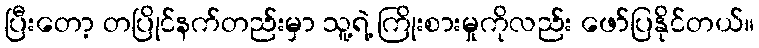
ပြီးတော့ တပြိုင်နက်တည်းမှာ သူ့ရဲ့ ကြိုးစားမှုကိုလည်း ဖော်ပြနိုင်တယ်။